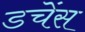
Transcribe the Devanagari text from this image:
डचेंस